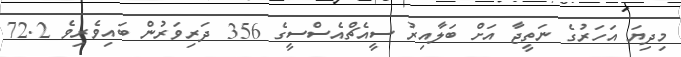
މިިދިޔަ އަހަރުގެ ނަތީޖާ އަށް ބަލާއިރު ސީއެޗްއެސްސީގެ 356 ދަރިވަރުން ބައިވެރިވެ 72.2